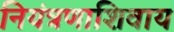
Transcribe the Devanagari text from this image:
नियंत्रणाशिवाय